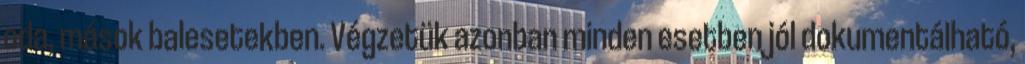
oda, mások balesetekben. Végzetük azonban minden esetben jól dokumentálható,